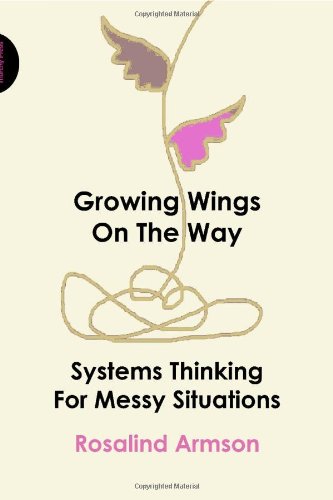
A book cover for Growing Wings on the Way: Systems Thinking for Messy Situations; Rosalind Armson; Science & Math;